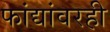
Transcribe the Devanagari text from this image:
फांद्यांवरही